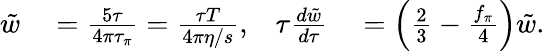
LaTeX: \begin{array}{rlrl}{\tilde{w}}&{{}=\frac{5\tau}{4\pi\tau_{\pi}}=\frac{\tau T}{4\pi\eta/s},}&{\tau\frac{d{\tilde{w}}}{d\tau}}&{{}=\left(\frac{2}{3}-\frac{f_{\pi}}{4}\right){\tilde{w}}.}\end{array}